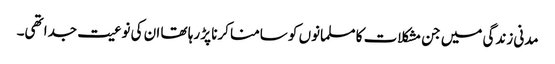
مدنی زندگی میں جن مشکلات کا مسلمانوں کو سامنا کرنا پڑ رہا تھا ان کی نوعیت جدا تھی۔